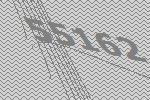
55162